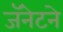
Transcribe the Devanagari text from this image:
जॅनेटने